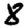
Digit: 8